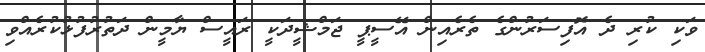
ވަކި ކުރި ދެ އޮފިސަރުންގެ ތެރެއިން އޭސީޕީ ޖަމްޝީދަކީ ރައީސް ޔާމީން ދަތުރުފުޅުކުރެއްވި